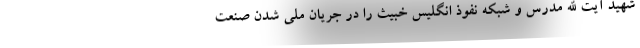
شهید آیت الله مدرس و شبکه نفوذ انگلیس خبیث را در جریان ملی شدن صنعت